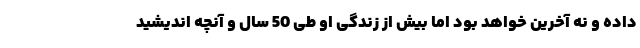
داده و نه آخرین خواهد بود اما بیش از زندگی او طی 50 سال و آنچه اندیشید